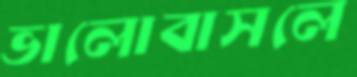
ভালোবাসলে